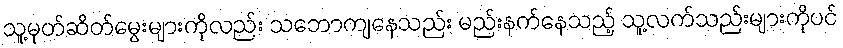
သူ့မုတ်ဆိတ်မွေးများကိုလည်း သဘောကျနေသည်း မည်းနက်နေသည့် သူ့လက်သည်းများကိုပင်